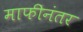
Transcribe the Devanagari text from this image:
माफीनंतर